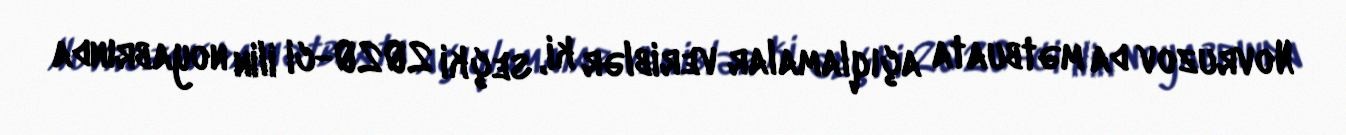
Novruzov da mətbuata açıqlamalar veriblər ki, seçki 2020-ci ilin noyabrında